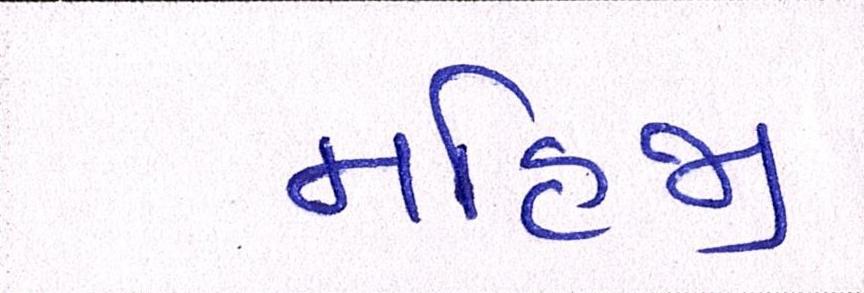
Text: મહિજી